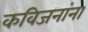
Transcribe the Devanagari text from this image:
कविजनांना